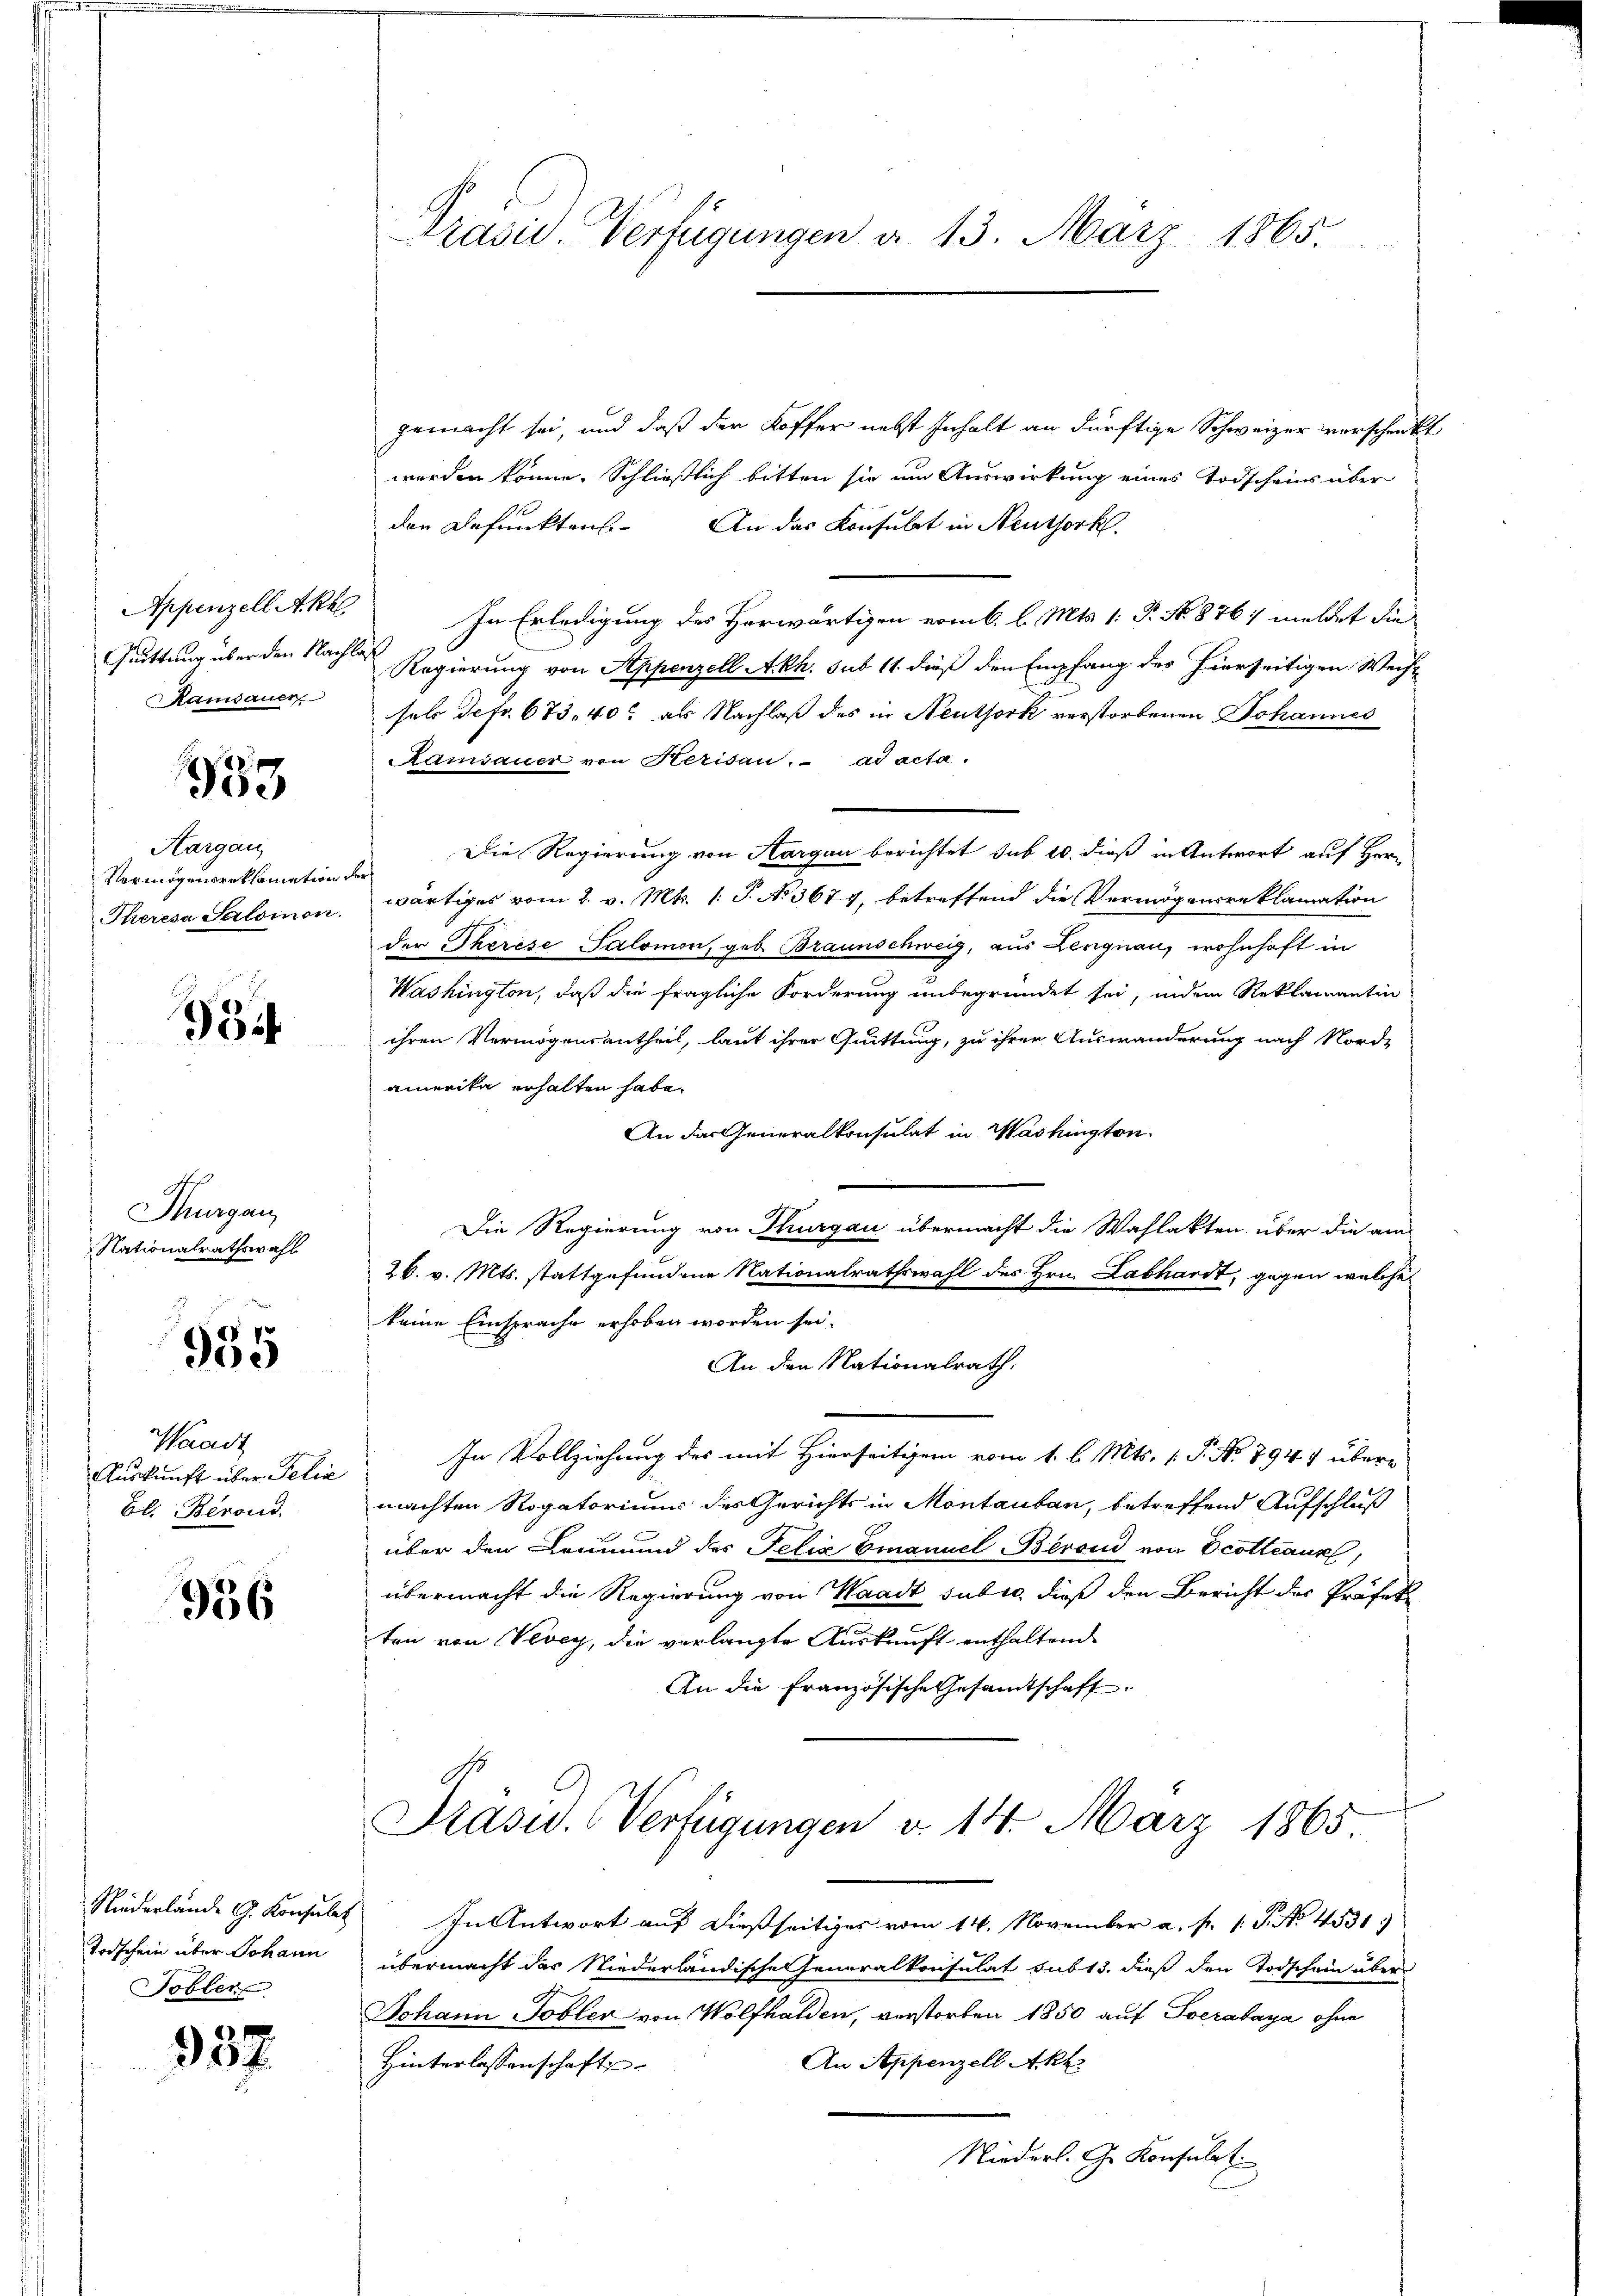
Quittung über den Nachlaß
Ramsauer

1939

Hargau
Vermögensreklamation der

i

Thurgau
Nationalrathswahl

935

Waadt
Auskunft über Pelia
Bl. Berond.

956

Todschein über Johann
Tobler

357

Präsid. Verfügungen a. 13. März 1865.

gemacht sei, und daß der Koffer nebst Inhalt an dürftige Schweizer verschenkt
werden könne. Schließlich bitten sie um Auswirkung eines Todscheins über
den Befunktens. An das Konsulat in Neuthork
Appenzell Akk. In Erledigung des Herwärtigen vom 6. l. Mts. 1. P. No. 8767 meldet die
Regierung von Appenzell Akh. sub 11 dieß den Empfang des hierseitigen Weist
sels defr. 673. 40. als Nachlaß des in Neuthork verstorbenen Johannes
Ramsauer von Herisau.  ad acta.
Die Regierung von Aargau berichtet sub 20. dieß in Antwort auf Her¬
Theresa Salomon wärtiges vom 2. v. Mts. 1. P. No 3677, betreffend die Vermögensreklamation
der Therese Salomon, geb. Braunschweig, aus Lengnau, wohnhaft in
Washington, daß die fragliche Forderung unbegründet sei, indem Reklamantin
ihren Vermögensantheil, laut ihrer Quittung, zu ihrer Auswanderung nach Nord-
amerika erhalten habe.
An das Generalkonsulat in Washington
Die Regierung von Thurgau übermacht die Wahlakten über die am
26. v. Mts. stattgefundene Nationalrathswahl des Hrn. Labhardt, gegen welche
keine Einsprache erhoben worden sei.
An den Nationalrath.
In Vollziehung des mit Hierseitigen vom 1. l. Mts. P. Nr. 7947 übere
machten Rogatorium des Gerichts in Montauban, betreffend Aufschluß
über den Leumund des Felix Emanuel Berond von Scotteaux,
übermacht die Regierung von Waadt subro dieß den Bericht des Präfek
ten von Vevey, die verlangte Auskunft enthaltend
An die Französische Gesamtschaffe.
Präsid. Verfügungen d. 14. März 1865.
Niederlände G. Konsuls. In Antwort auf dießseitiges vom 14. November a. p. 1. P. No. 4531)
übermacht das Niederländische Generalkonsulat sub 15. dieß den Todschein über
Johann Tobler von Wolfhalden, verstorben 1850 auf Socrabaya ohne
An Appenzell Akt
Hinterlassenschaft
Niederl. G. Konsulat